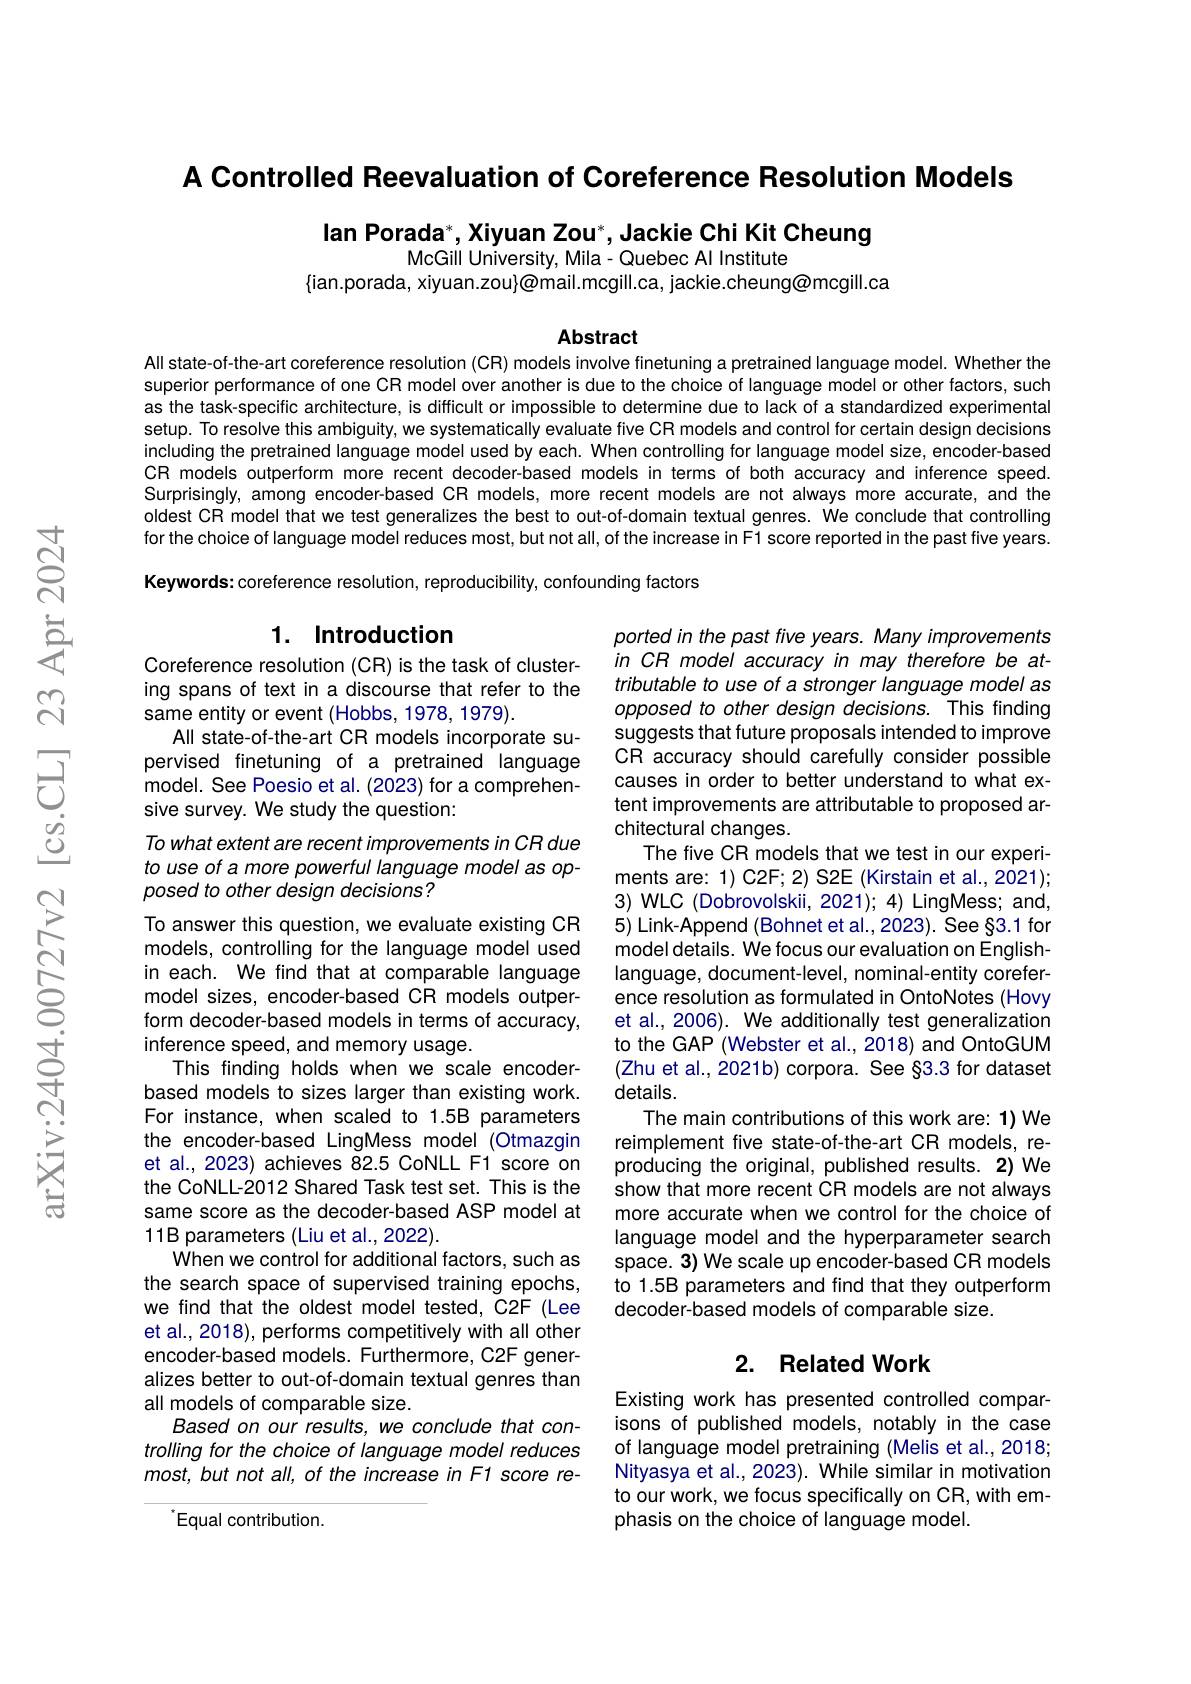
A Controlled Reevaluation of Coreference Resolution Models

lan Porada$^*$,Xiyuan Zou$^*$,Jackie Chi Kit Cheung
McGill University, Mila- Quebec Al Institute
$\{$ian.porada, xiyuan.zou{@mail.mcgill.ca, jackie.cheung@mcgill.ca

Abstract

All state-of-the-art coreference resolution (CR) models involve finetuning a pretrained language model. Whether the superior performance of one CR model over another is due to the choice of language model or other factors, such as the task-specific architecture, is difficult or impossible to determine due to lack of a standardized experimental setup. To resolve this ambiguity, we systematically evaluate five CR models and control for certain design decisions including the pretrained language model used by each. When controlling for language model size, encoder-based CR models outperform more recent decoder-based models in terms of both accuracy and inference speed. Surprisingly, among encoder-based CR models, more recent models are not always more accurate, and the oldest CR model that we test generalizes the best to out-of-domain textual genres. We conclude that controlling for the choice of language model reduces most, but not all, of the increase in F1 score reported in the past five years. Keywords: coreference resolution, reproducibility, confounding factors

## 1. Introduction

Coreference resolution (CR) is the task of clustering spans of text in a discourse that refer to the same entity or event (Hobbs, 1978, 1979).
All state-of-the-art CR models incorporate supervised finetuning of a pretrained language model. See Poesio et al. (2023) for a comprehensive survey. We study the question:

ported in the past five years. Many improvements in CR model accuracy in may therefore be attributable to use of a stronger language model as opposed to other design decisions. This finding suggests that future proposals intended to improve CR accuracy should carefully consider possible causes in order to better understand to what extent improvements are attributable to proposed architectural changes.
The five CR models that we test in our experiments are: 1) C2F; 2) S2E (Kirstain et al., 2021); 3) WLC (Dobrovolskii, 2021); 4) LingMess; and, 5) Link-Append (Bohnet et al.,2023). See §3.1 for model details. We focus our evaluation on Englishlanguage, document-level, nominal-entity coreference resolution as formulated in OntoNotes (Hovy et al., 2006). We additionally test generalization to the GAP (Webster et al., 2018) and OntoGUM (Zhu et al., 2021b) corpora. See §3.3 for dataset details.
The main contributions of this work are: 1) We reimplement five state-of-the-art CR models, reproducing the original, published results. 2) We show that more recent CR models are not always more accurate when we control for the choice of language model and the hyperparameter search space. 3) We scale up encoder-based CR models to 1.5B parameters and find that they outperform decoder-based models of comparable size

To what extent are recent improvements in CR due to use of a more powerful language model as opposed to other design decisions?
To answer this question, we evaluate existing CR models, controlling for the language model used in each. We find that at comparable language model sizes, encoder-based CR models outperform decoder-based models in terms of accuracy, inference speed, and memory usage.
This finding holds when we scale encoderbased models to sizes larger than existing work For instance, when scaled to 1.5B parameters the encoder-based LingMess model (Otmazgin et al., 2023) achieves 82.5 CoNLL F1 score on the CoNLL-2012 Shared Task test set. This is the same score as the decoder-based ASP model at 11B parameters (Liu et al., 2022)
When we control for additional factors, such as the search space of supervised training epochs, we find that the oldest model tested, C2F (Lee et al., 2018), performs competitively with all other encoder-based models. Furthermore, C2F generalizes better to out-of-domain textual genres than all models of comparable size.
Based on our results, we conclude that controlling for the choice of language model reduces $most,but$ not all, of the increase in F1 score re-

### 2. Related Work

Existing work has presented controlled comparisons of published models, notably in the case of language model pretraining (Melis et al., 2018; Nityasya et al., 2023). While similar in motivation to our work, we focus specifically on CR, with emphasis on the choice of language model.

Equal contribution.